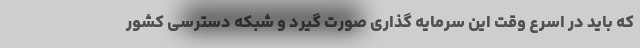
که باید در اسرع وقت این سرمایه گذاری صورت گیرد و شبکه دسترسی کشور